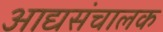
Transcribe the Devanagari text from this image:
आद्यसंचालक